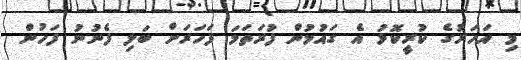
މި އަހަރުގެ ކުރީކޮޅު އެ ގައުމުން ފުރަތަމަ ފަހަރަށް ބަލި ފެނުނު ފަހުން